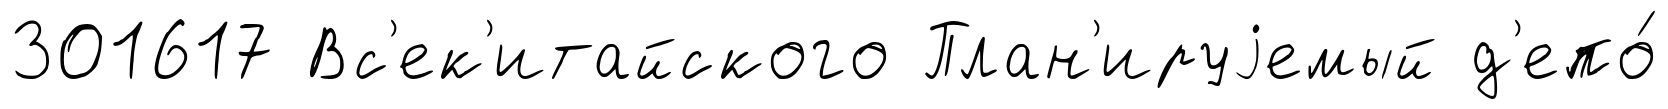
301617 Вс'ек'итайского План'ируjемый д'епо́